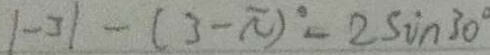
\vert - 3 \vert - ( 3 - \pi ) ^ { \circ } - 2 \sin 3 0 ^ { \circ }